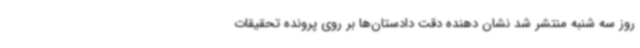
روز سه شنبه منتشر شد نشان دهنده دقت دادستان‌ها بر روی پرونده تحقیقات